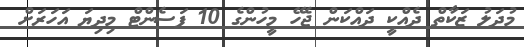
މުދަލު ޒަކާތް ދެއްކީ ދައްކަން ޖެހޭ މީހުންގެ 10 ޕަސެންޓް މިދިޔަ އަހަރަށް